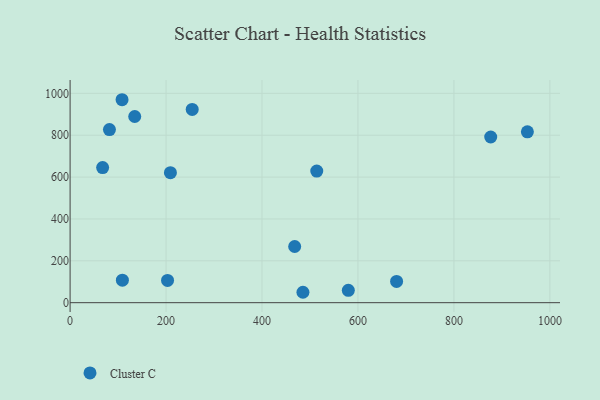
{"axis": {"x": "Investment", "y": "Rating"}, "legend": ["Cluster C"], "data": [{"x": "876.7", "y": 791.5, "type": "Cluster C"}, {"x": "134.7", "y": 889.4, "type": "Cluster C"}, {"x": "109.0", "y": 107.5, "type": "Cluster C"}, {"x": "680.5", "y": 101.5, "type": "Cluster C"}, {"x": "485.3", "y": 49.7, "type": "Cluster C"}, {"x": "254.5", "y": 923.2, "type": "Cluster C"}, {"x": "579.9", "y": 59.2, "type": "Cluster C"}, {"x": "67.8", "y": 645.4, "type": "Cluster C"}, {"x": "82.0", "y": 826.7, "type": "Cluster C"}, {"x": "468.1", "y": 268.3, "type": "Cluster C"}, {"x": "203.1", "y": 106.3, "type": "Cluster C"}, {"x": "953.1", "y": 816.1, "type": "Cluster C"}, {"x": "108.3", "y": 969.5, "type": "Cluster C"}, {"x": "514.1", "y": 628.8, "type": "Cluster C"}, {"x": "209.1", "y": 620.8, "type": "Cluster C"}]}